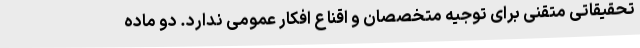
تحقیقاتی متقنی برای توجیه متخصصان و اقناع افکار عمومی ندارد. دو ماده